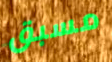
مسبق